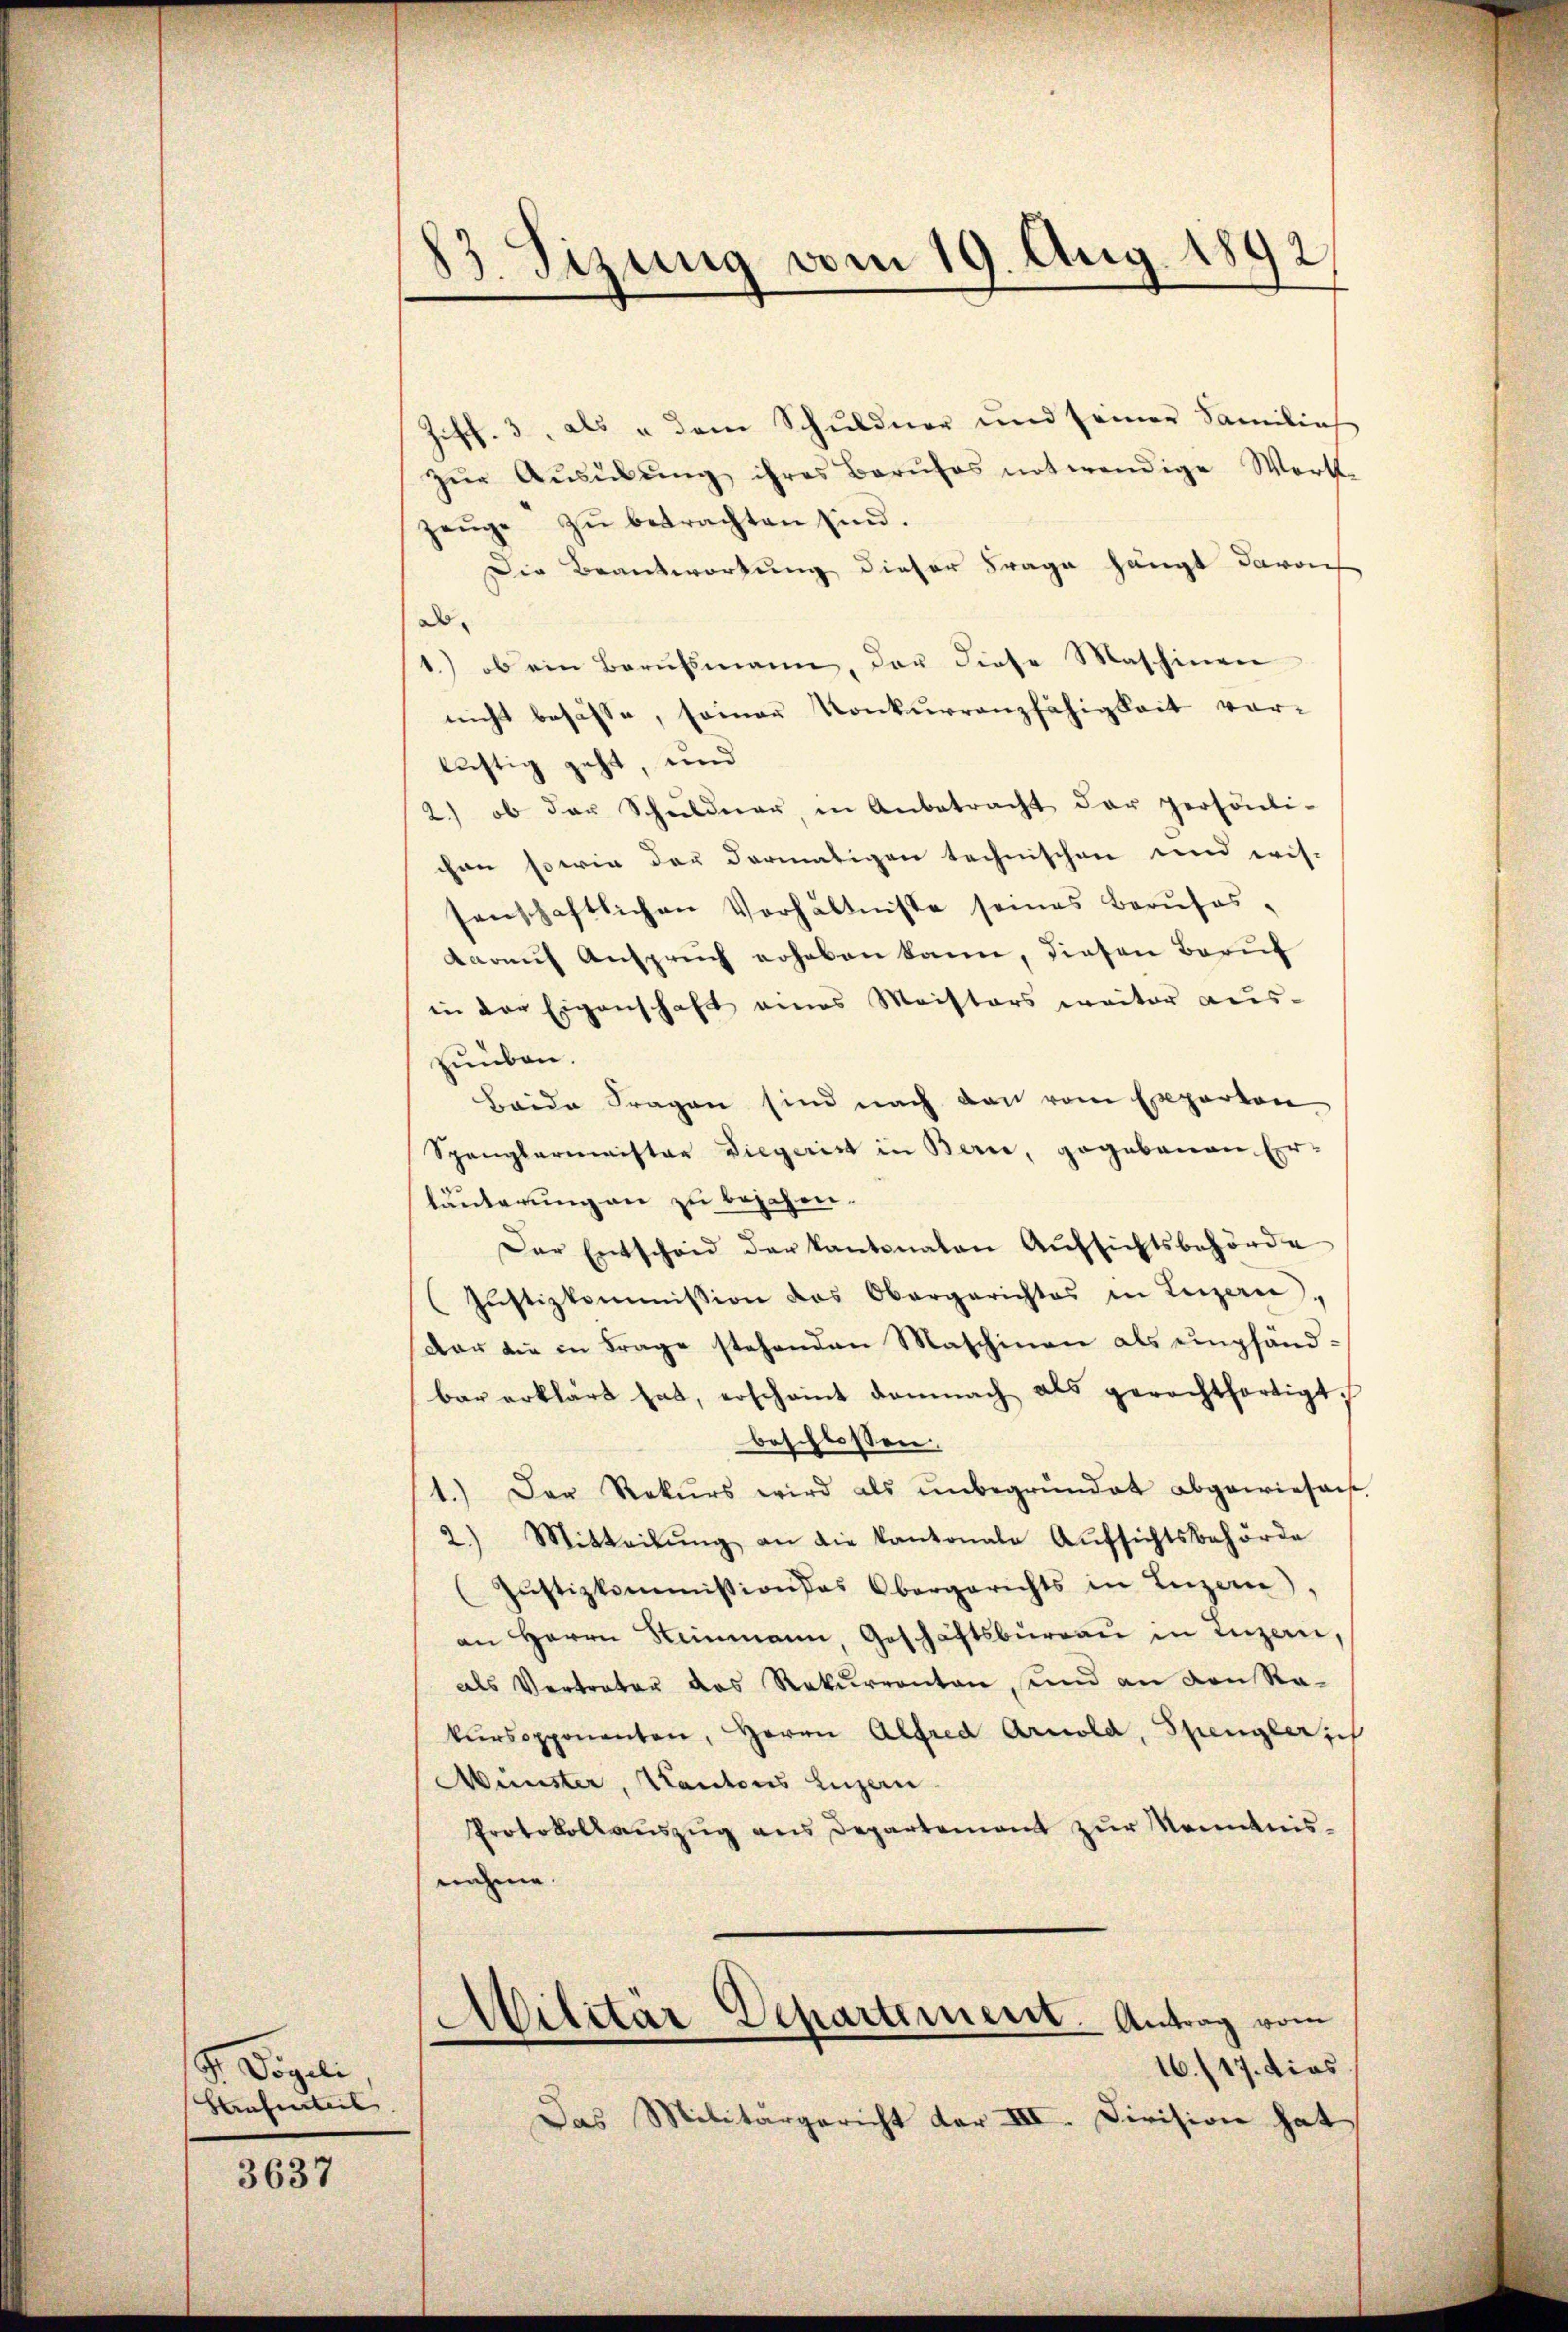
S. Vögeli
Haufenteil

3637

2
83. Sizung vom 19. Aug. 1

Ziff. 3, als u dem Schuldner und seiner Samilieh
zŭr Aŭsübŭng ihres Berufes notwendige Werk-
zeuge zu betrachten sind.
Die Beantwortung dieser Frage hängt davon
Do
1.) ob ein Berŭfsmann, der diese Maschinen
nicht besässe, seiner Konkurrenzfähigkeit vorlustig geht, und
2.) ob das Schuldner, in Anbetracht der persönli-
chen sowie der dermaligen technischen und wis-
senschaftlichen Verhältnisse seines Berŭfas-
Darauf Anspruch erhaben kann, diesen Beruf
in der Eigenschaft eines Meisters weiter aus-
zuüben.
Beide Fragen sind nach den vom Experton
Spanglermeister Liegerist in Bern, gegebauen Er-
läuterung an zu besehen.
Der Entscheid der kantonaten Aŭfsichtsbehörde
(Justizkommission des Obergerichtes in Luzern,
Aar die in Frage stehenden Maschinen als empfändbar erklärt hat, erscheint damnach als gerechtfertigt,
beschlossen,
1.) Der Rekurs wird als ŭnbegründet abgewiesen.
2.) Mitteilŭng an die Kantonale Aŭfsichtsbehörde
(Jŭstizkommission das Obergerichts in Luzern,
an Herrn Summann, Geschäftsbureau in Luzern,
als Vertreter das Rekurrenten, und an den Rakŭrsopponenten, Herrn Alfred Arnold, Spenglerich
Münster, Kantons Luzern
Protokollauszug aus Departement zur Kenntnisnahme.
Militär-Departement. Antrag vom
16./17. dies
Das Militärgericht der III. Division hat